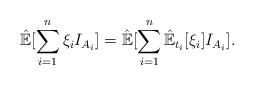
LaTeX: \begin{align*}\hat{\mathbb{E}}[\sum_{i=1}^n\xi_iI_{A_i}]=\hat{\mathbb{E}}[\sum_{i=1}^n\hat{\mathbb{E}}_{t_i}[\xi_i]I_{A_i}].\end{align*}